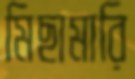
মিছামারি